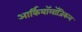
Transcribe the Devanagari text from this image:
आर्कियॉलॉजिकल